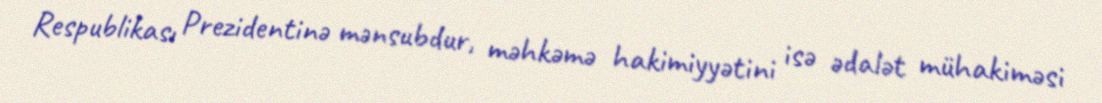
Respublikası Prezidentinə mənsubdur, məhkəmə hakimiyyətini isə ədalət mühakiməsi